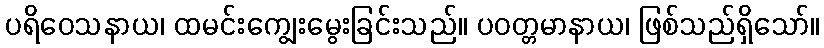
ပရိဝေသနာယ၊ ထမင်းကျွေးမွေးခြင်းသည်။ ပဝတ္တမာနာယ၊ ဖြစ်သည်ရှိသော်။